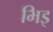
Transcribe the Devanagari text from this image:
भिइ